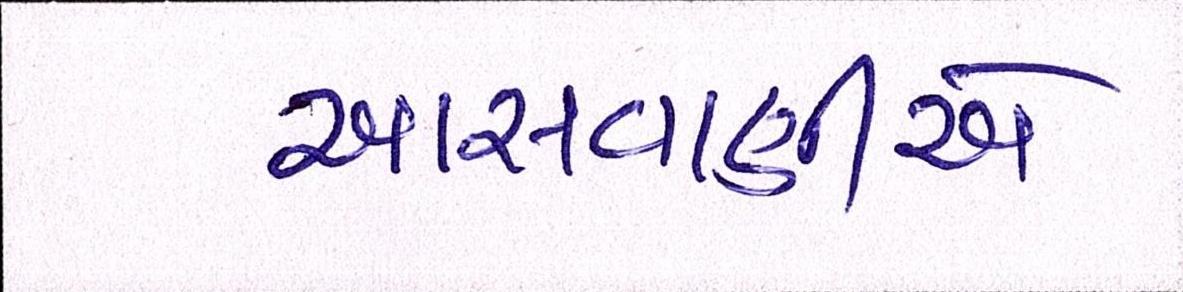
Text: આસવાણીએ